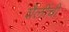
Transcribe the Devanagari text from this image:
शैलींची